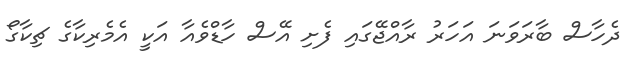
ދެހާސް ބާރަވަނަ އަހަރު ރާއްޖޭގައި ފެށި އޭސް ހާޑްވެއާ އަކީ އެމެރިކާގެ ޗިކާގޯ